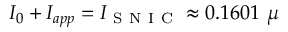
I _ { 0 } + I _ { a p p } = I _ { \mathrm { ~ S ~ N ~ I ~ C ~ } } \approx 0 . 1 6 0 1 ~ \mu